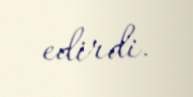
edirdi.